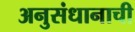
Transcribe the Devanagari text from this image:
अनुसंधानाची